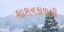
શાશનકાળથી